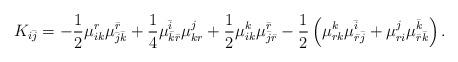
LaTeX: \begin{align*}K_{i\bar j}=-\frac12\mu_{ik}^r\mu_{\bar j\bar k}^{\bar r} +\frac14\mu_{\bar k\bar r}^{\bar i} \mu_{kr }^j+\frac12\mu_{ik}^k\mu_{\bar j\bar r}^{\bar r} - \frac{1}{2}\left(\mu_{rk}^k\mu_{\bar r \bar j}^{\bar i}+\mu_{ri}^j\mu_{\bar r\bar k}^{\bar k} \right).\end{align*}